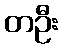
တဦး